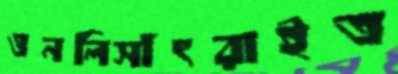
ওনলিসাঁৎরাইত